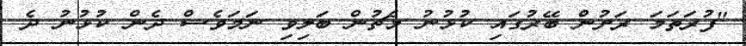
"ފުރަތަަމަ ރަށުން ބޭރުގައި ކުޅުނު މެޗުން ބަލިވި ނަމަވެސް ދެން ކުޅުނު ދެ